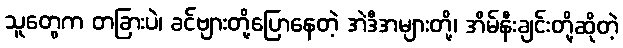
သူတွေက တခြားပဲ၊ ခင်ဗျားတို့ပြောနေတဲ့ အဲဒီအများတို့၊ အိမ်နီးချင်းတို့ဆိုတဲ့